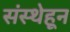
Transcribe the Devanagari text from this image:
संस्थेहून